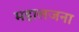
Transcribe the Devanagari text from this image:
महालजना